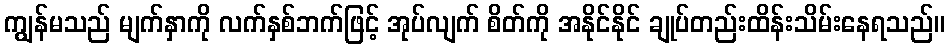
ကျွန်မသည် မျက်နှာကို လက်နှစ်ဘက်ဖြင့် အုပ်လျက် စိတ်ကို အနိုင်နိုင် ချုပ်တည်းထိန်းသိမ်းနေရသည်။